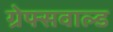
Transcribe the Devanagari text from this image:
ग्रेफ्सवाल्ड